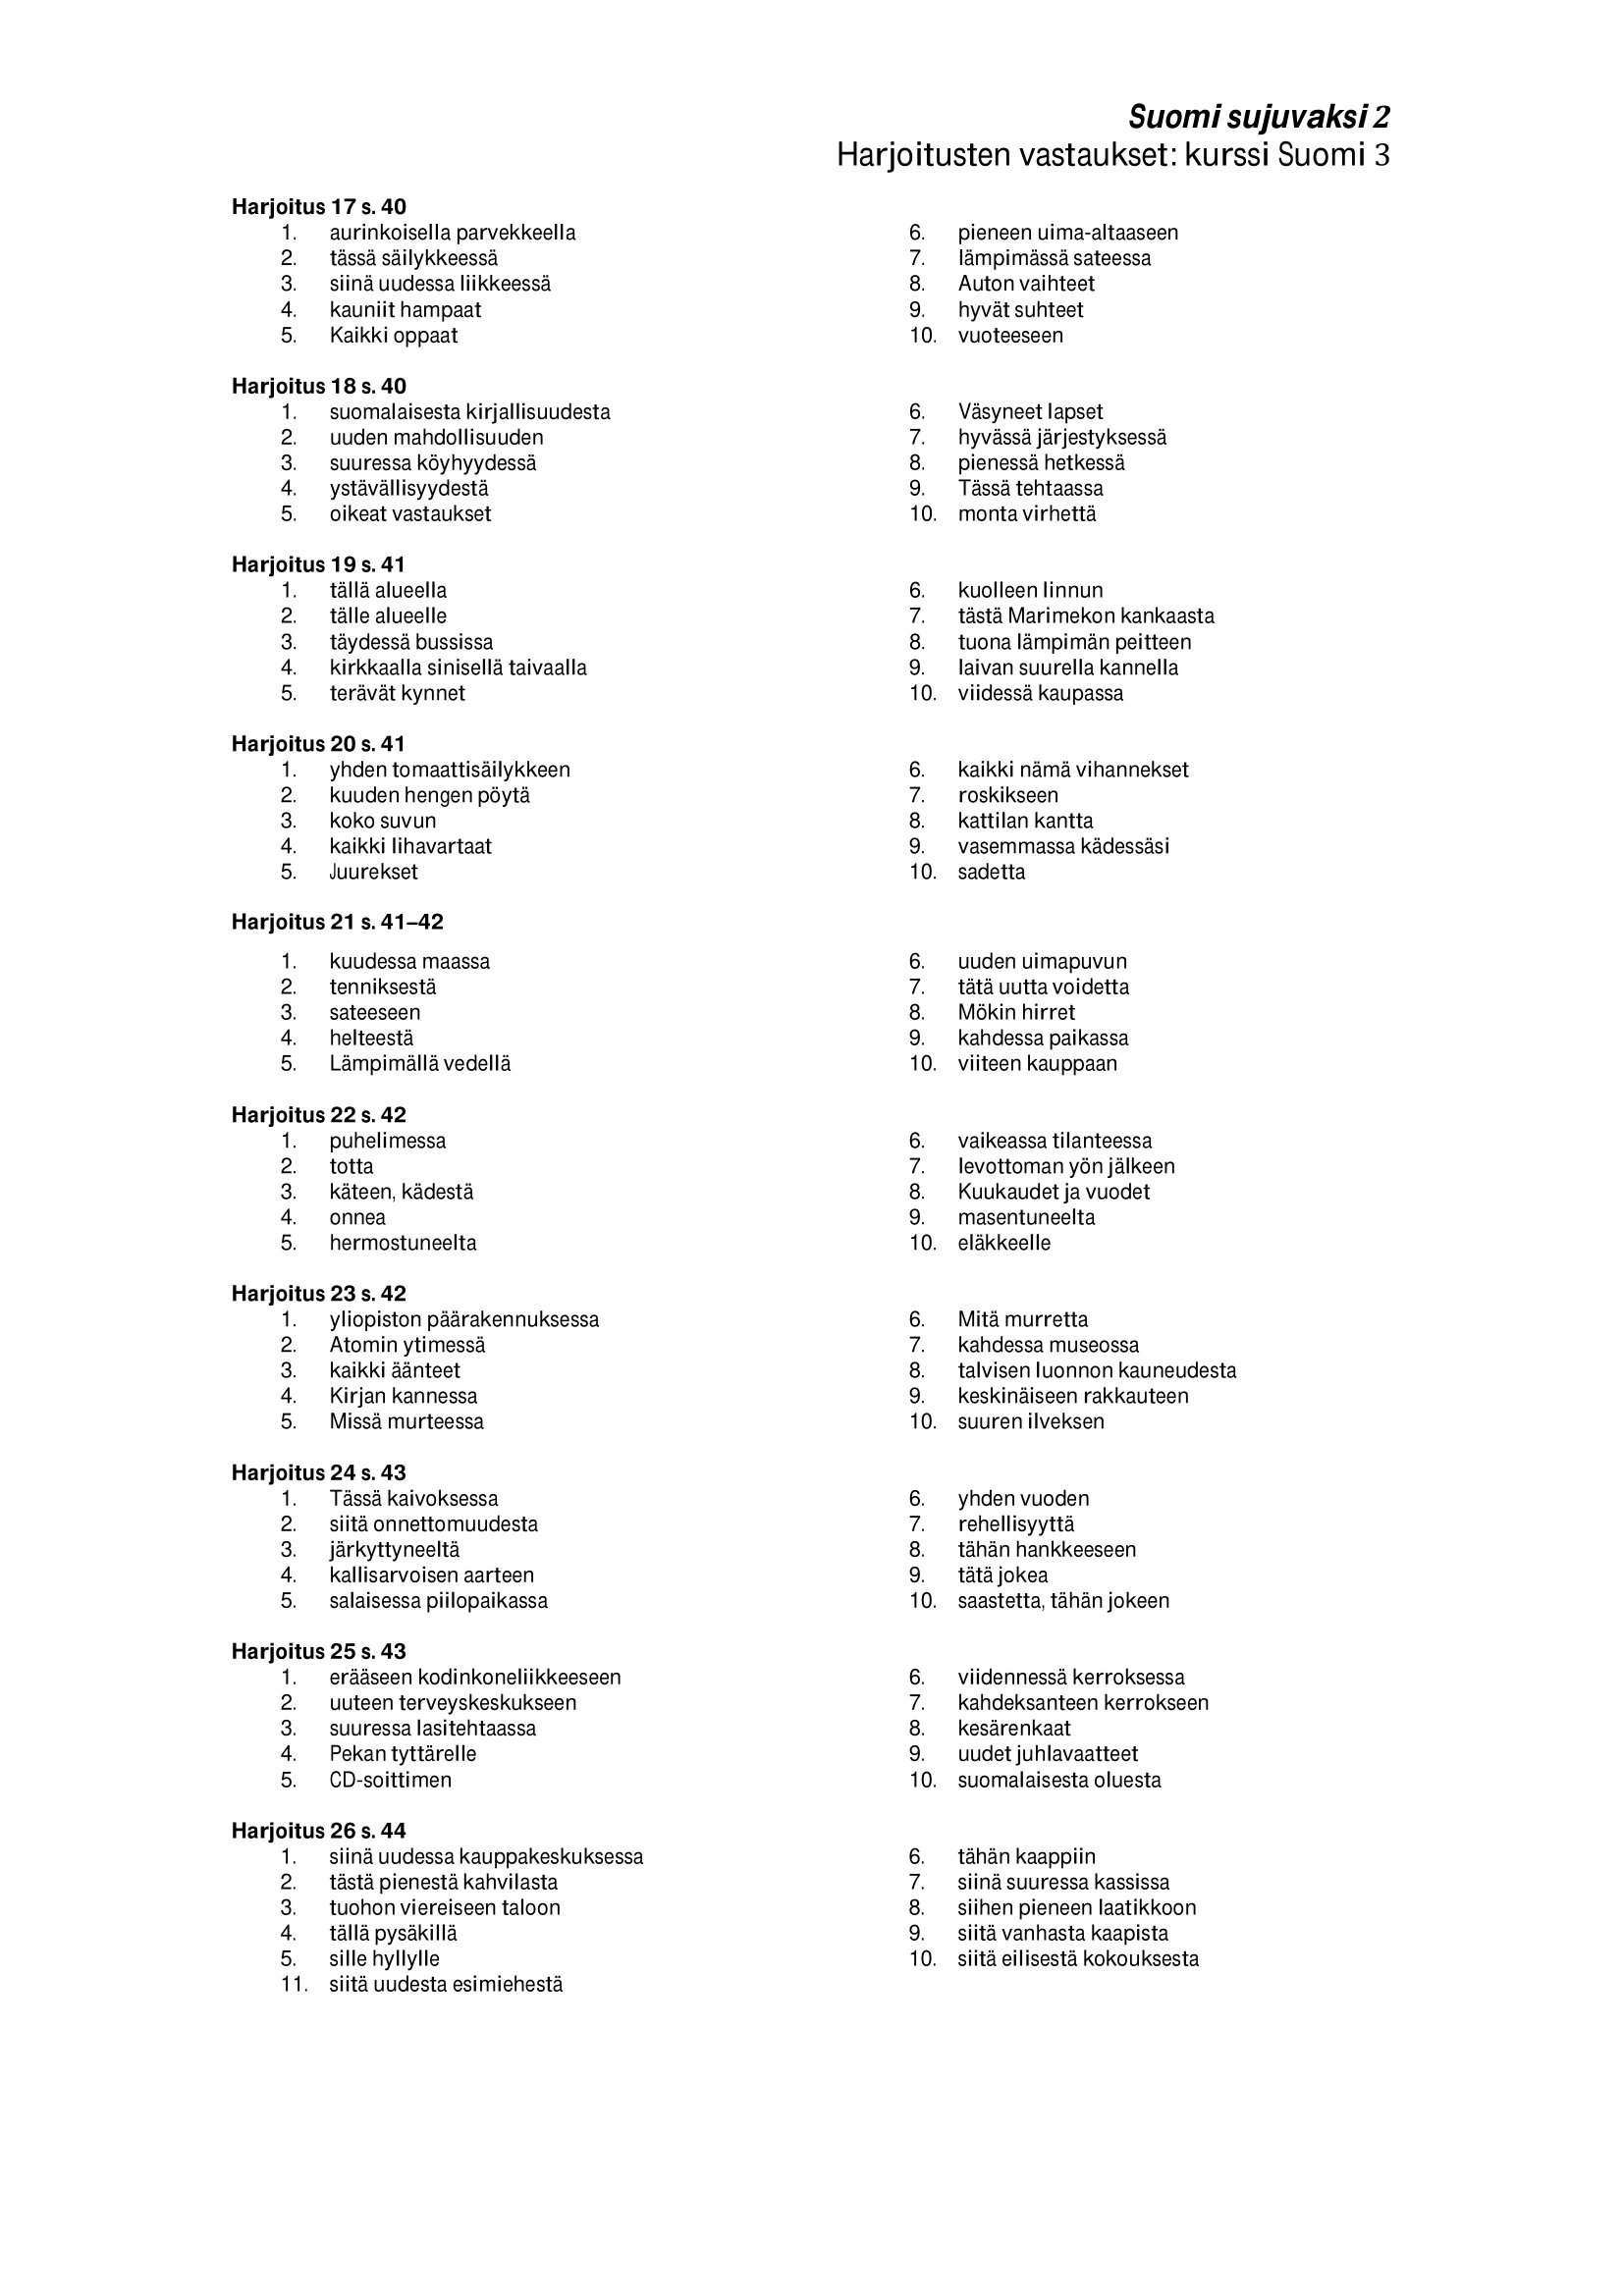
Language: fn